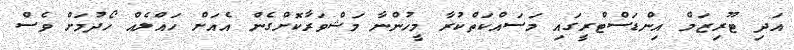
އަދި ޓޫރިޒަމް އިންޑަސްޓްރީގައި މަސައްކަތްކުރާ މީހުންނާ މަޝްވަރާކޮށްގެން އެއަށް ހައްލެއް ހޯދުމަށް ވެސް